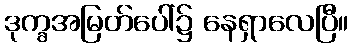
ဒုက္ခအမြတ်ပေါ်၌ နေရှာလေပြီ။